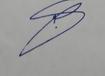
Signature authenticity: genuine